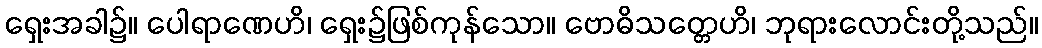
ရှေးအခါ၌။ ပေါရာဏေဟိ၊ ရှေး၌ဖြစ်ကုန်သော။ ဗောဓိသတ္တေဟိ၊ ဘုရားလောင်းတို့သည်။